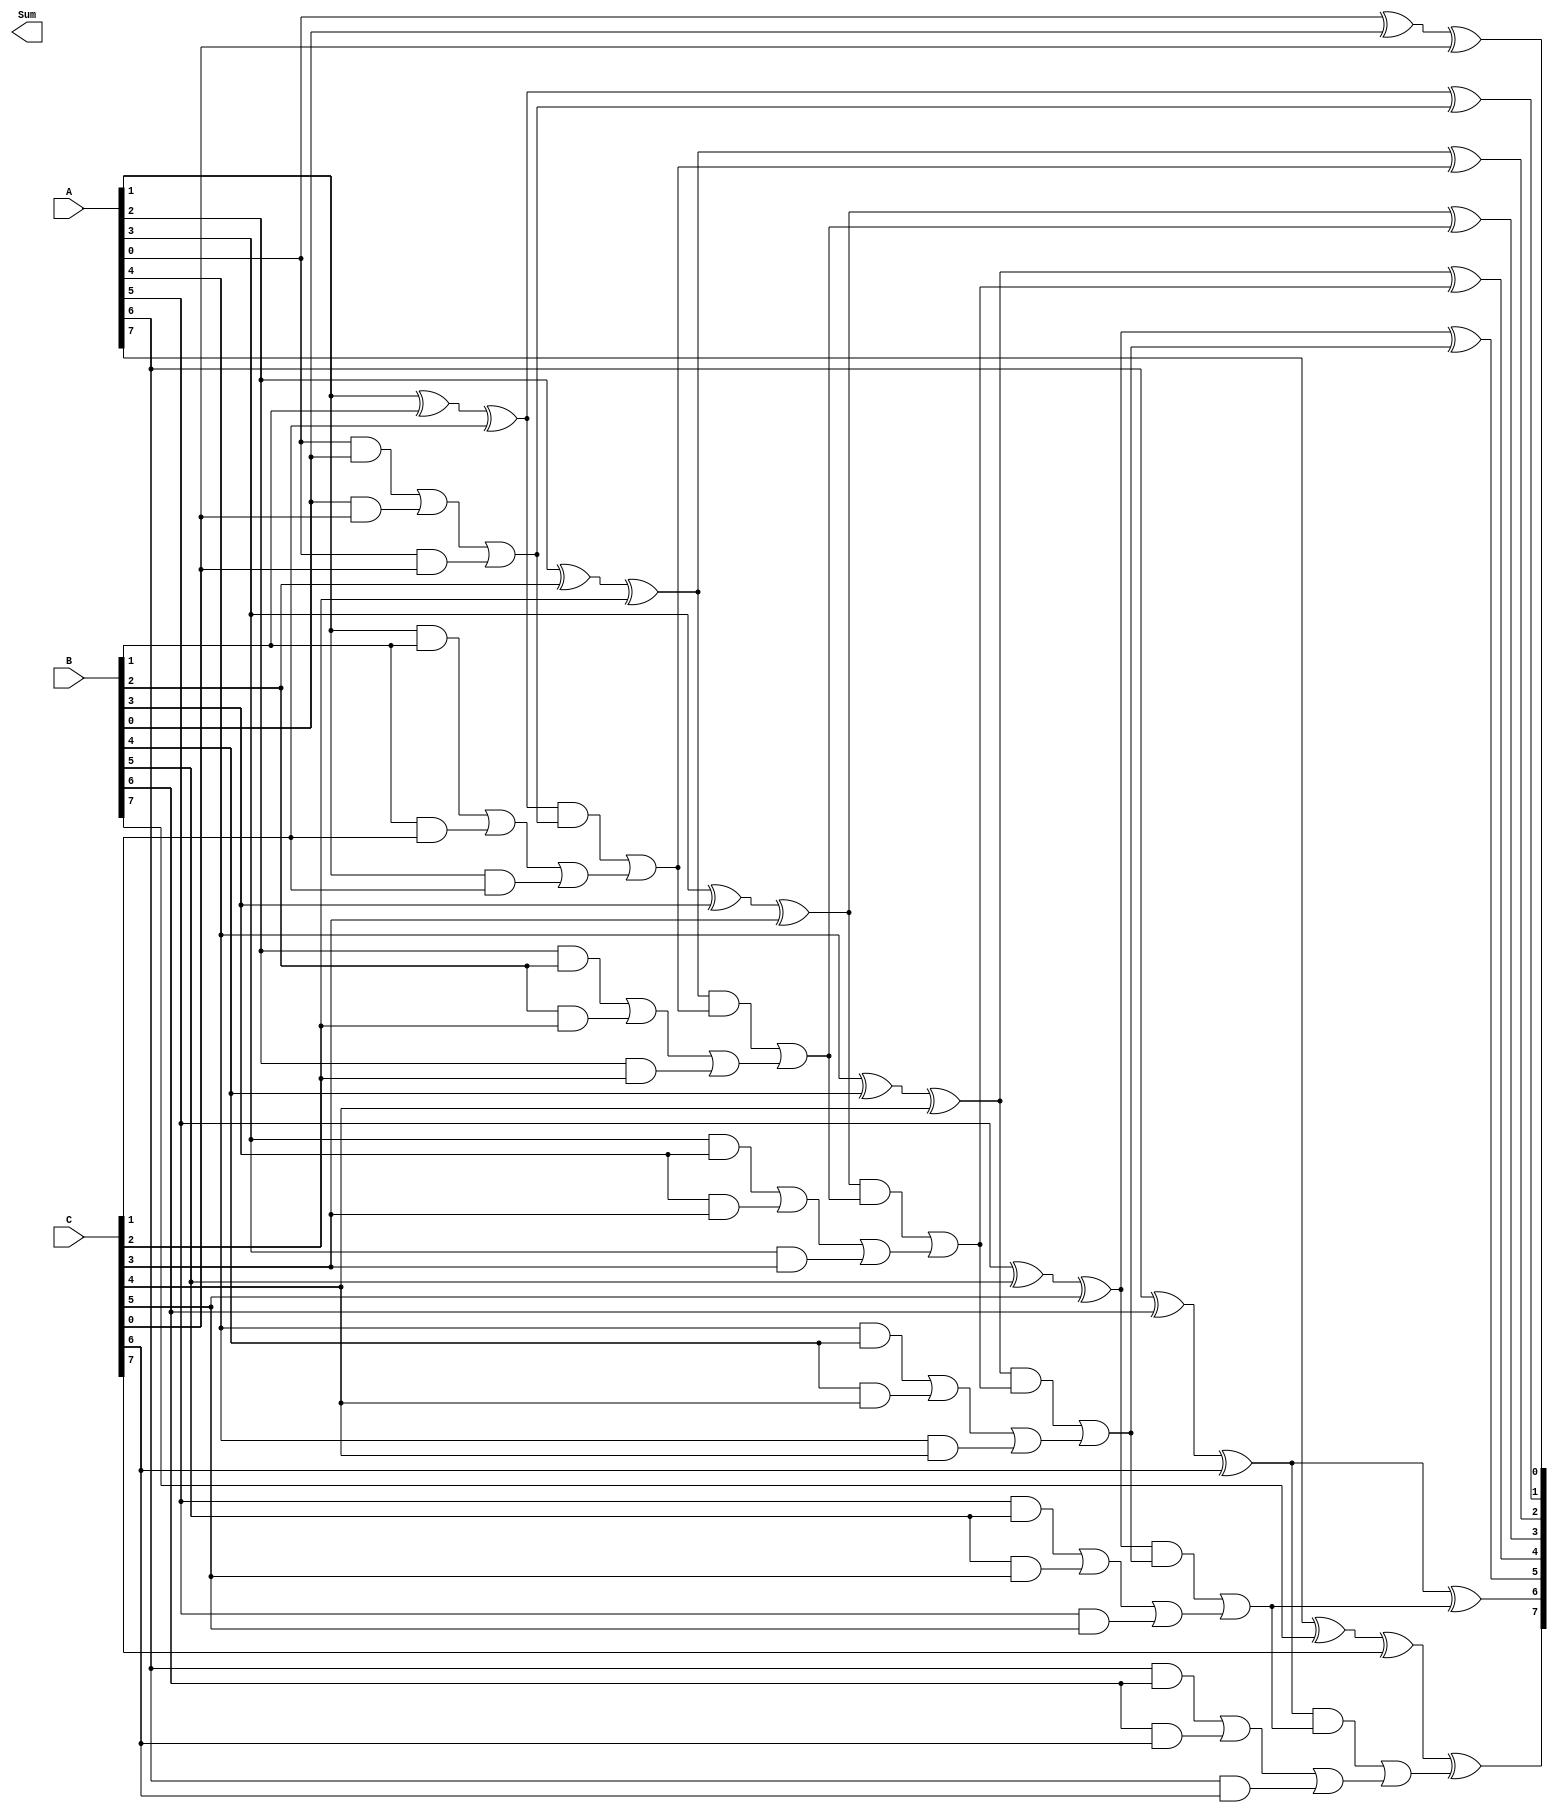
module carry_save_adder #(
    parameter N = 8 // Bit-width of the inputs
)(
    input  [N-1:0] A, // First operand
    input  [N-1:0] B, // Second operand
    input  [N-1:0] C, // Third operand
    output [N:0] Sum  // Final output sum (N+1 bits to accommodate carry)
);

    // Carry Save Stage
    wire [N-1:0] S; // Sum from CSA
    wire [N-1:0] P; // Carry from CSA

    genvar i;
    
    // Full adder for each bit position
    generate
        for (i = 0; i < N; i = i + 1) begin : fa
            wire a, b, c;
            assign a = (i < N) ? A[i] : 1'b0; // A[i] or 0 if out of range
            assign b = (i < N) ? B[i] : 1'b0; // B[i] or 0 if out of range
            assign c = (i < N) ? C[i] : 1'b0; // C[i] or 0 if out of range
            
            // Full adder logic
            assign S[i] = a ^ b ^ c; // Sum
            assign P[i] = (a & b) | (b & c) | (a & c); // Carry
        end
    endgenerate

    // Carry Propagation Stage
    wire [N-1:0] carry; // Intermediate carries
    wire [N-1:0] final_sum; // Final sum output
    wire final_carry; // Final carry output

    // Final adder (Ripple Carry Adder)
    assign carry[0] = 0; // Initial carry is zero
    generate
        for (i = 0; i < N; i = i + 1) begin : rca
            assign final_sum[i] = S[i] ^ carry[i]; // Sum with carry
            assign carry[i+1] = (S[i] & carry[i]) | P[i]; // Carry propagation
        end
    endgenerate

    // Final output sum includes the final carry
    assign Sum = {carry[N], final_sum}; // N+1 bits to accommodate carry from the last addition

endmodule